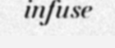
infuse